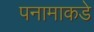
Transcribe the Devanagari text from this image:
पनामाकडे